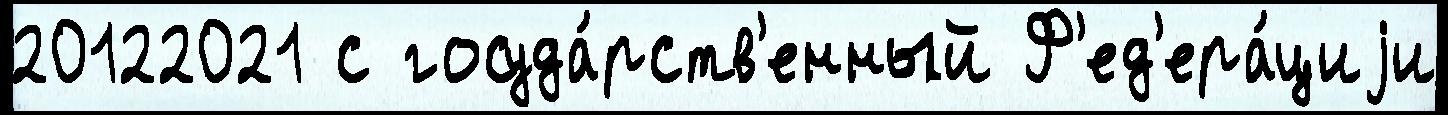
20122021 с госуда́рств'енный Ф'ед'ера́циjи